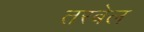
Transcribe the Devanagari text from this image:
तरबेल